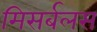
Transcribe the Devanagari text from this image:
मिसर्बलस